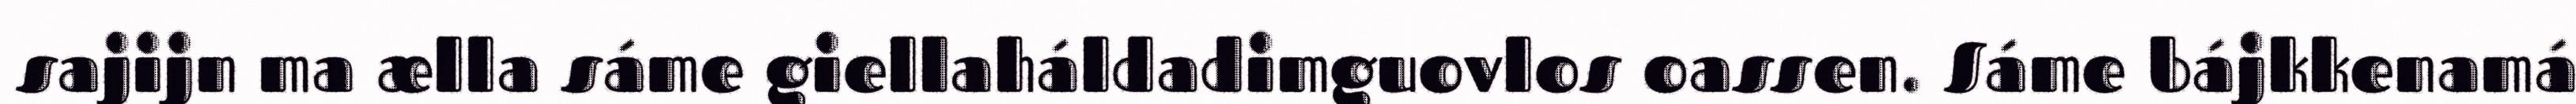
sajijn ma ælla sáme giellaháldadimguovlos oassen. Sáme bájkkenamá